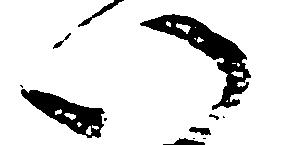
い